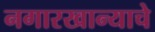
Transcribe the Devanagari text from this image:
नगारखान्याचे